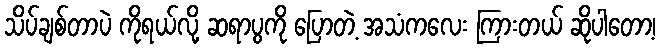
သိပ်ချစ်တာပဲ ကိုရယ်လို့ ဆရာပွကို ပြောတဲ့ အသံကလေး ကြားတယ် ဆိုပါတော့၊